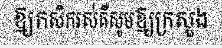
ឱ្យកសិករស់គឺសូមឱ្យក្រសួង